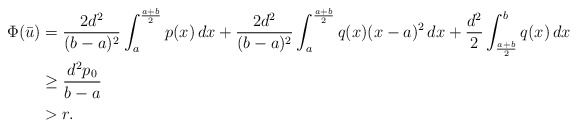
\begin{align*}\Phi(\bar u) &= \frac{2d^2}{(b-a)^2}\int_a^\frac{a+b}{2} p(x)\,dx+\frac{2d^2}{(b-a)^2}\int_a^\frac{a+b}{2} q(x)(x-a)^2\,dx+\frac{d^2}{2}\int_\frac{a+b}{2}^b q(x)\,dx \\&\ge \frac{d^2 p_0}{b-a} \\&> r. \end{align*}